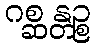
ဂစ္ဆန္တဉ္စ